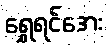
ရွှေရင်အေး